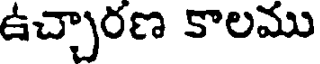
ఉచ్చారణ కాలము